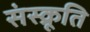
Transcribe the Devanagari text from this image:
संस्क्रूति